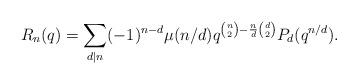
LaTeX: \begin{align*}R_n(q)=\sum_{d\mid n}(-1)^{n-d}\mu(n/d)q^{\binom{n}{2}-\frac{n}{d}\binom{d}{2}}P_d(q^{n/d}).\end{align*}